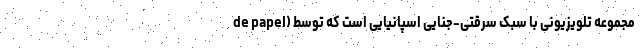
de papel) مجموعه تلویزیونی با سبک سرقتی-جنایی اسپانیایی است که توسط